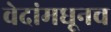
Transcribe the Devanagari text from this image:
वेदांमधूनच